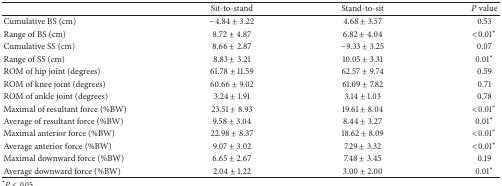
|  | Sit-to-stand | Stand-to-sit | P value |
 | --- | --- | --- | --- |
 | Cumulative BS (cm) | −4.84 ± 3.22 | 4.68 ± 3.57 | 0.53 |
 | Range of BS (cm) | 8.72 ± 4.87 | 6.82 ± 4.04 | <0.01∗ |
 | Cumulative SS (cm) | 8.66 ± 2.87 | −9.33 ± 3.25 | 0.07 |
 | Range of SS (cm) | 8.83 ± 3.21 | 10.05 ± 3.31 | 0.01∗ |
 | ROM of hip joint (degrees) | 61.78 ± 11.59 | 62.57 ± 9.74 | 0.59 |
 | ROM of knee joint (degrees) | 60.66 ± 9.02 | 61.09 ± 7.82 | 0.71 |
 | ROM of ankle joint (degrees) | 3.24 ± 1.91 | 3.14 ± 1.03 | 0.78 |
 | Maximal of resultant force (%BW) | 23.51 ± 8.93 | 19.61 ± 8.04 | <0.01∗ |
 | Average of resultant force (%BW) | 9.58 ± 3.04 | 8.44 ± 3.27 | 0.01∗ |
 | Maximal anterior force (%BW) | 22.98 ± 8.37 | 18.62 ± 8.09 | <0.01∗ |
 | Average anterior force (%BW) | 9.07 ± 3.02 | 7.29 ± 3.32 | <0.01∗ |
 | Maximal downward force (%BW) | 6.65 ± 2.67 | 7.48 ± 3.45 | 0.19 |
 | Average downward force (%BW) | 2.04 ± 1.22 | 3.00 ± 2.00 | 0.01∗ |